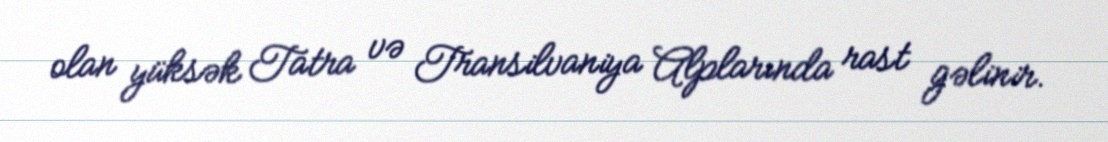
olan yüksək Tatra və Transilvaniya Alplarında rast gəlinir.